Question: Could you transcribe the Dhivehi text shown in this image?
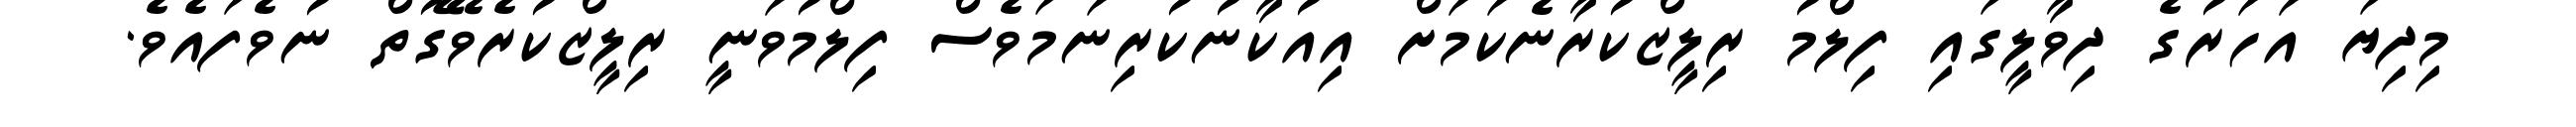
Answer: މިދިޔަ އަހަރުގެ ދިވާލީގައި ފިލްމު ރިލީޒްކުރާނެކަމަށް އިއުކާނުކުރިނަމަވެސް ފިލްމުވަނީ ރިލީޒްކުރެވޭގޮތް ނުވެފައެވެ.